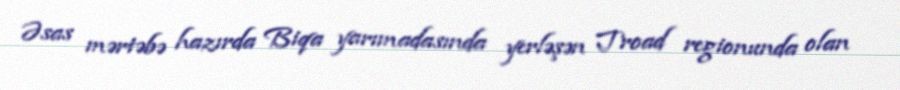
Əsas mərtəbə hazırda Biqa yarımadasında yerləşən Troad regionunda olan